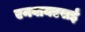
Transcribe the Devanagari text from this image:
एनवायएसई